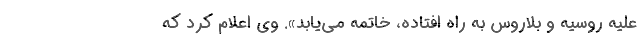
علیه روسیه و بلاروس به راه افتاده، خاتمه می‌یابد». وی اعلام کرد که